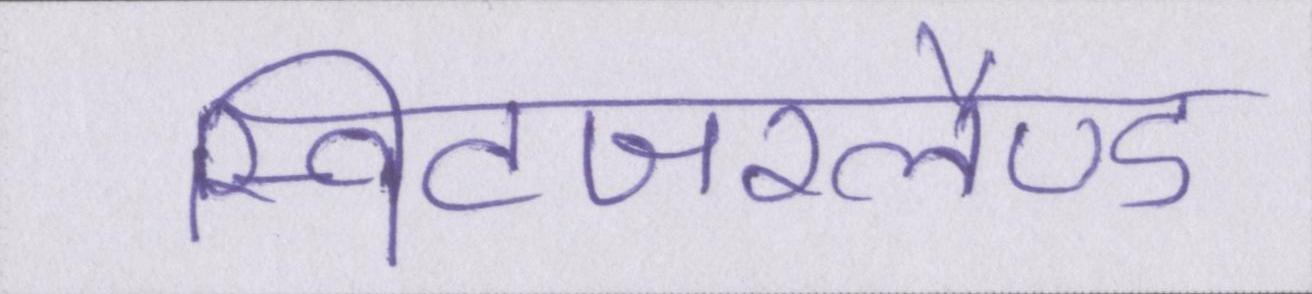
स्विटजरलैण्ड